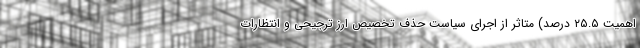
اهمیت ۲۵.۵ درصد) متاثر از اجرای سیاست حذف تخصیص ارز ترجیحی و انتظارات